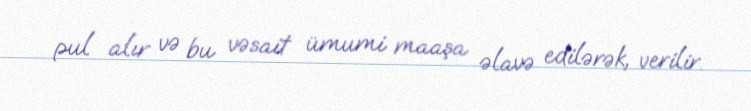
pul alır və bu vəsait ümumi maaşa əlavə edilərək, verilir.